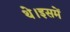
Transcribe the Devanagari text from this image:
थे।इसमें